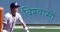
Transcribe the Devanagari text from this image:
विश्‍वासों